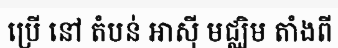
ប្រើ នៅ តំបន់ អាស៊ី មជ្ឈិម តាំងពី